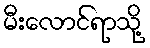
မီးလောင်ရာသို့